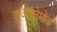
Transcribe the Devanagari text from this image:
कुआव्तेमोक